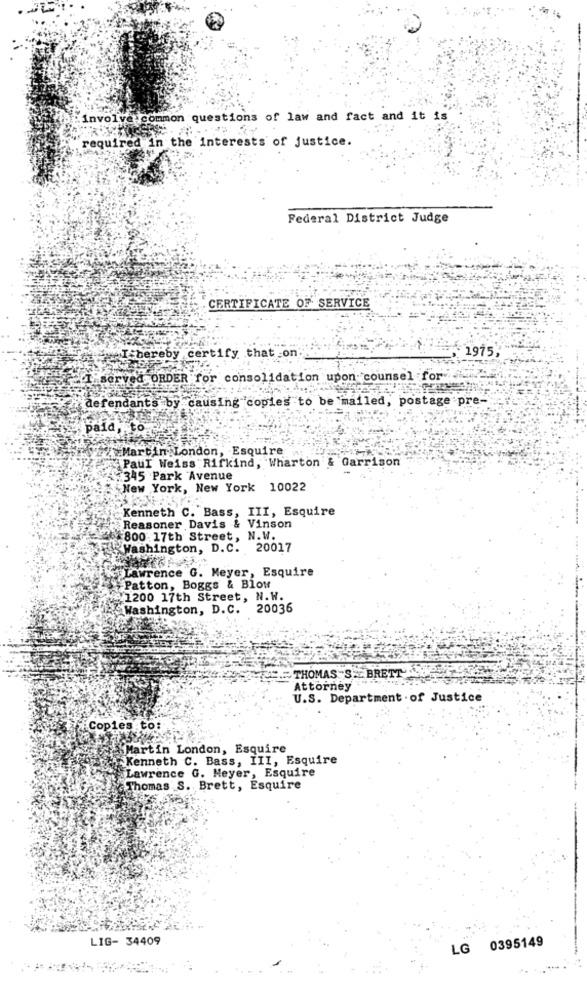
involve common questions of law and fact and it is
required in the interests of justice.
Federal District Judge
CERTIFICATE OF SERVICE
1975,
wel bereby certify that on
served ORDER for consolidation upon- counsel for
defendants by causing copies to be mailed, postage pre-
paid, to
WhyMartin London, Esquire
Paul Weiss Rifkind, Wharton & Garrison
:345 Park Avenue
New York, New York 10022
Kenneth C. Bass, III, Esquire
Reasoner Davis & Vinson
800 17th Street, N.W.
Washington, D.C. 20017
Lawrence G. Meyer, Esquire
Patton, Boggs & Blow
1200 17th Street, N.W.
Washington, D.C. 20036
THOMAS 'S BRETT
Attorney
U.S. Department . of Justice
Copies to:
a Martin London, Esquire
Kenneth C. Bass, III, Esquire
Lawrence G. Meyer, Esquire
Thomas S. Brett, Esquire
LIG- 34409
LG 0395149